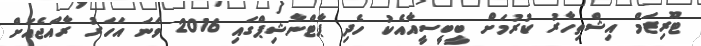
ޓޫރިޒަމް އިޝްތިހާރު ކުރުމަށް ބީބީސީއާއެކު ހެދި ޕާޓްނާޝިޕްގައި 2016 ވަނަ އަހަރު ރާއްޖެއަށް